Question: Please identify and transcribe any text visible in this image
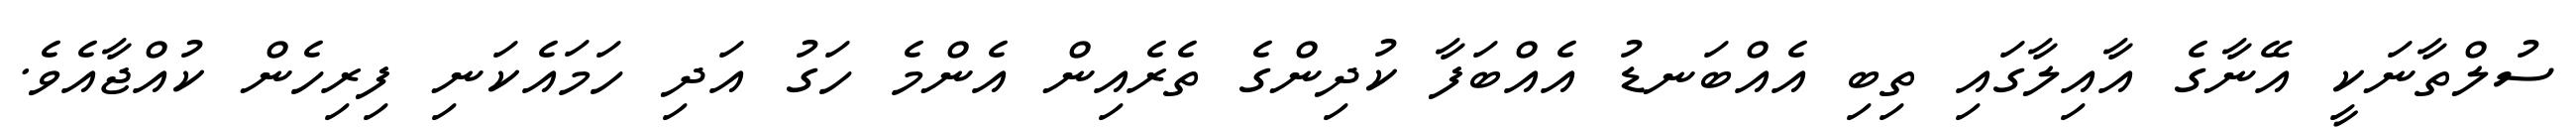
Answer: ސުލްތާނަކީ އޭނާގެ އާއިލާގައި ތިބި އެއްބަނޑު އެއްބަފާ ކުދިންގެ ތެރެއިން އެންމެ ހަގު އަދި ހަމައެކަނި ފިރިހެން ކުއްޖާއެވެ.